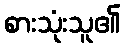
စားသုံးသူ၏